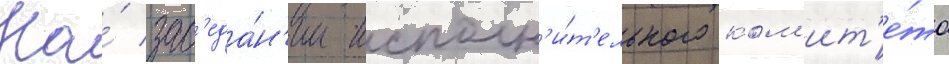
На́ зас'еда́н'ии исполн'и́т'ельного ком'ит'е́та